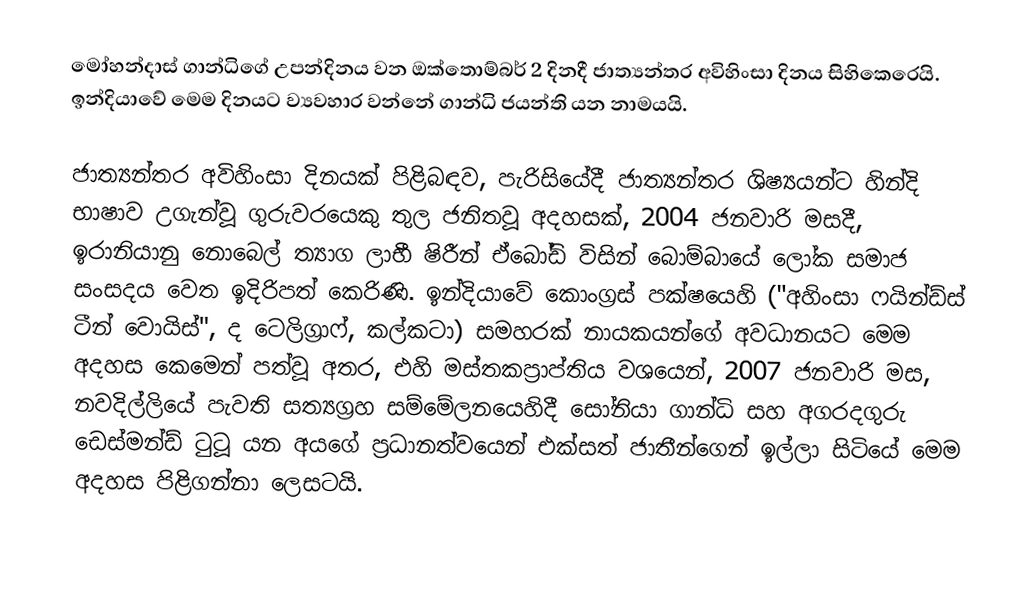
මෝහන්දාස් ගාන්ධිගේ උපන්දිනය වන ඔක්තොම්බර් 2 දිනදී ජාත්‍යන්තර අවිහිංසා දිනය සිහිකෙරෙයි. ඉන්දියාවේ මෙම දිනයට ව්‍යවහාර වන්නේ ගාන්ධි ජයන්ති යන නාමයයි.

ජාත්‍යන්තර අවිහිංසා දිනයක් පිළිබඳව, පැරිසියේදී ජාත්‍යන්තර ශිෂ්‍යයන්ට හින්දි භාෂාව උගැන්වූ ගුරුවරයෙකු තුල ජනිතවූ අදහසක්, 2004 ජනවාරි මසදී, ඉරානියානු නොබෙල් ත්‍යාග ලාභී  ෂිරීන් ඒබෝඩි විසින් බොම්බායේ  ලෝක සමාජ සංසදය වෙත ඉදිරිපත් කෙරිණි. ඉන්දියාවේ කොංග්‍රස් පක්ෂයෙහි ("අහිංසා ෆයින්ඩ්ස් ටීන් වොයිස්", ද ටෙලිග්‍රාෆ්, කල්කටා) සමහරක් නායකයන්ගේ අවධානයට මෙම අදහස කෙමෙන් පත්වූ අතර, එහි මස්තකප්‍රාප්තිය වශයෙන්, 2007 ජනවාරි මස,  නවදිල්ලියේ පැවති සත්‍යග්‍රහ සම්මේලනයෙහිදී සෝනියා ගාන්ධි සහ අගරදගුරු ඩෙස්මන්ඩ් ටුටූ යන අයගේ ප්‍රධානත්වයෙන් එක්සත් ජාතීන්ගෙන් ඉල්ලා සිටියේ මෙම අදහස පිළිගන්නා ලෙසටයි.